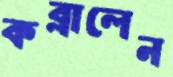
কব্‌লালেন